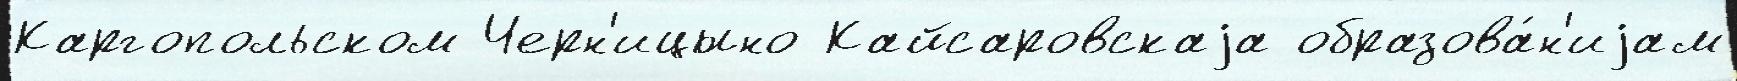
Каргопольском Черн'ицыно Кайсаровскаjа образова́н'иjам